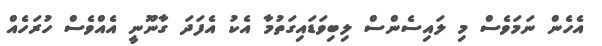
އެހެން ނަމަވެސް މި ލައިސެންސް ލިބިވަޑައިގަތުމާ އެކު އެފަދަ ގާނޫނީ އެއްވެސް ހުރަހެއް